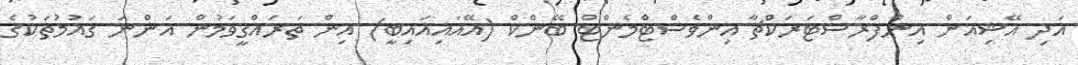
އަދި އޭޝިއަން އިންފްރާސްޓަރަކްޗާ އިންވެސްޓްމެންޓް ބޭންކް (އޭއައިއައިބީ) އިން ތަރައްގީވަމުން އަންނަ ގައުމުތަކުގެ